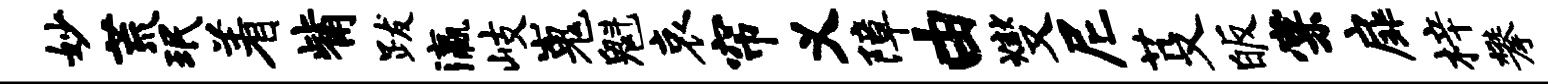
妙荒珉着觜跋瀛岐嵬魁哀帘义障由燮尼芟皈棠扉梓攀